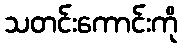
သတင်းကောင်းကို